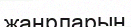
жанрларын